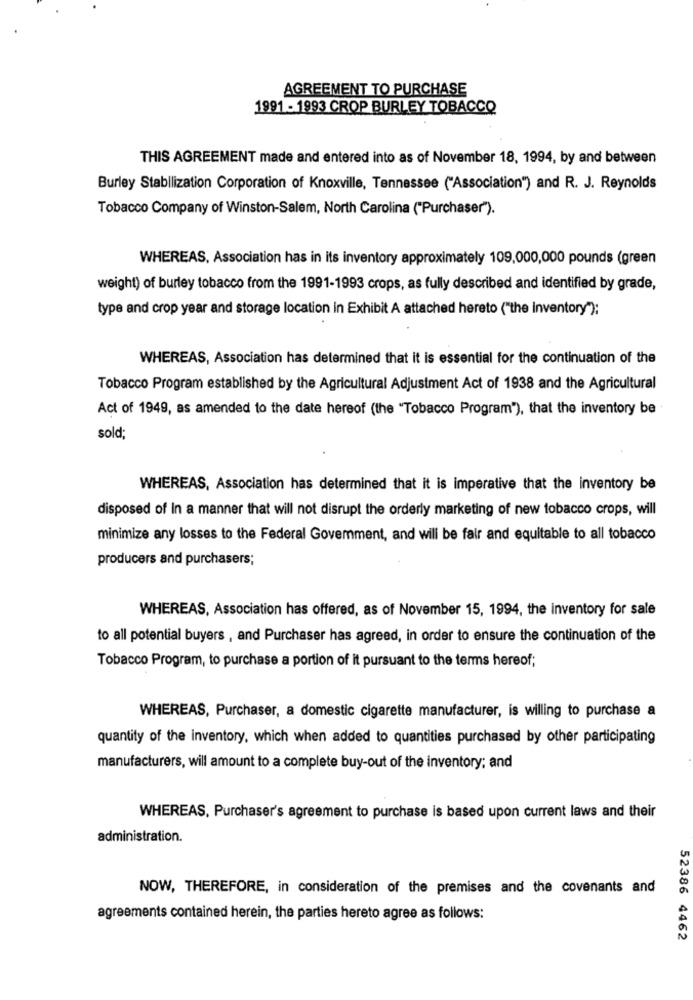
AGREEMENT TO PURCHASE
1991 - 1993 CROP BURLEY TOBACCO
THIS AGREEMENT made and entered into as of November 18, 1994, by and between
Burley Stabilization Corporation of Knoxville, Tennessee ("Association") and R. J. Reynolds
Tobacco Company of Winston-Salem, North Carolina ("Purchaser").
WHEREAS, Association has in its inventory approximately 109,000,000 pounds (green
weight) of burley tobacco from the 1991-1993 crops, as fully described and identified by grade,
type and crop year and storage location in Exhibit A attached hereto ("the inventory");
WHEREAS, Association has determined that it is essential for the continuation of the
Tobacco Program established by the Agricultural Adjustment Act of 1938 and the Agricultural
Act of 1949, as amended to the date hereof (the "Tobacco Program"), that the inventory be
sold;
WHEREAS, Association has determined that it is imperative that the inventory be
disposed of In a manner that will not disrupt the orderly marketing of new tobacco crops, will
minimize any losses to the Federal Govemment, and will be fair and equitable to all tobacco
producers and purchasers;
WHEREAS, Association has offered, as of November 15, 1994, the inventory for sale
to all potential buyers , and Purchaser has agreed, in order to ensure the continuation of the
Tobacco Program, to purchase a portion of it pursuant to the terms hereof;
WHEREAS, Purchaser, a domestic cigarette manufacturer, is willing to purchase a
quantity of the inventory, which when added to quantities purchased by other participating
manufacturers, will amount to a complete buy-out of the inventory; and
WHEREAS, Purchaser's agreement to purchase is based upon current laws and their
administration.
NOW, THEREFORE, in consideration of the premises and the covenants and
agreements contained herein, the parties hereto agree as follows:
52386 4462